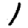
Digit: 1